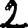
Digit: 2